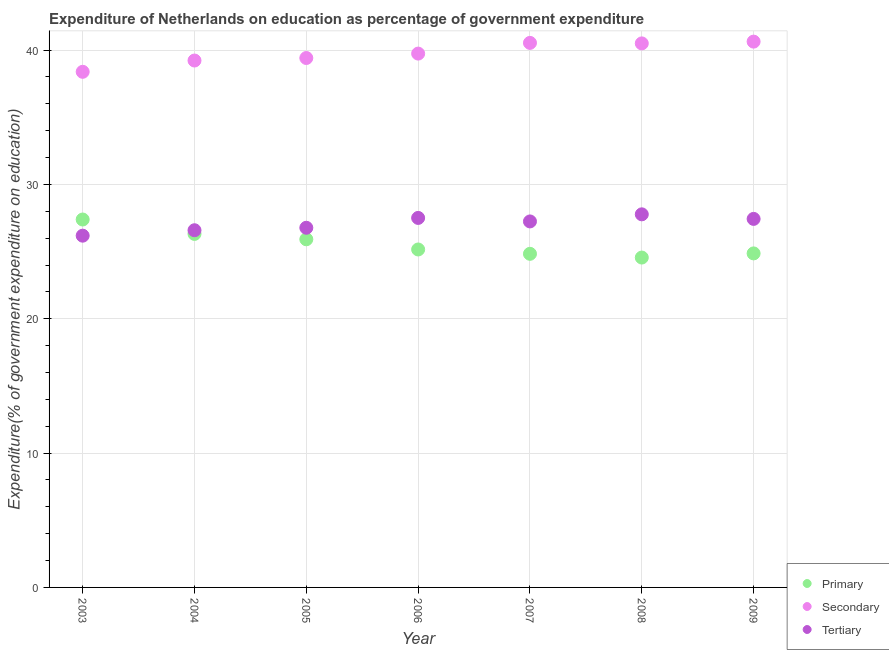
| Year | Primary | Secondary | Tertiary |
 | --- | --- | --- | --- |
 | 2003 | 27.4 | 38.4 | 26.2 |
 | 2004 | 26.3 | 39.2 | 26.6 |
 | 2005 | 25.9 | 39.4 | 26.8 |
 | 2006 | 25.2 | 39.7 | 27.5 |
 | 2007 | 24.8 | 40.5 | 27.2 |
 | 2008 | 24.6 | 40.5 | 27.8 |
 | 2009 | 24.9 | 40.6 | 27.4 |